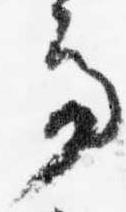
亭